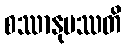
စဿာနုပဿတိ